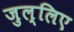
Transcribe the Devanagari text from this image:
जुल्लिए